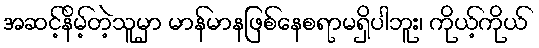
အဆင့်နိမ့်တဲ့သူမှာ မာန်မာနဖြစ်နေစရာမရှိပါဘူး၊ ကိုယ့်ကိုယ်